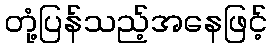
တုံ့ပြန်သည့်အနေဖြင့်